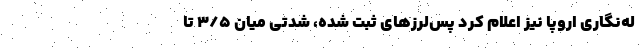
له‌نگاری اروپا نیز اعلام کرد پس‌لرزهای ثبت شده، شدّتی میان ۳/۵ تا